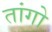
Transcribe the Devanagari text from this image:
तांगो